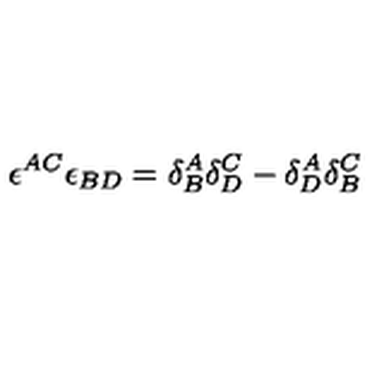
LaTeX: \epsilon ^ { A C } \epsilon _ { B D } = \delta _ { B } ^ { A } \delta _ { D } ^ { C } - \delta _ { D } ^ { A } \delta _ { B } ^ { C }